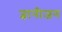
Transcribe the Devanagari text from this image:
ज्ञानीजन